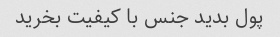
پول بدید جنس با کیفیت بخرید